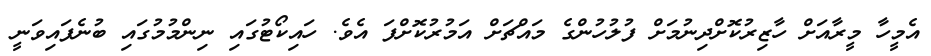
އެމީހާ މީރާއަށް ހާޒިރުކޮށްދިނުމަށް ފުލުހުންގެ މައްޗަށް އަމުރުކޮށްފަ އެވެ. ހައިކޯޓުގައި ނިންމުމުގައި ބުނެފައިވަނީ